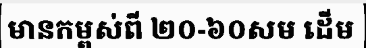
មានកម្ពស់ពី ២០-៦០សម ដើម